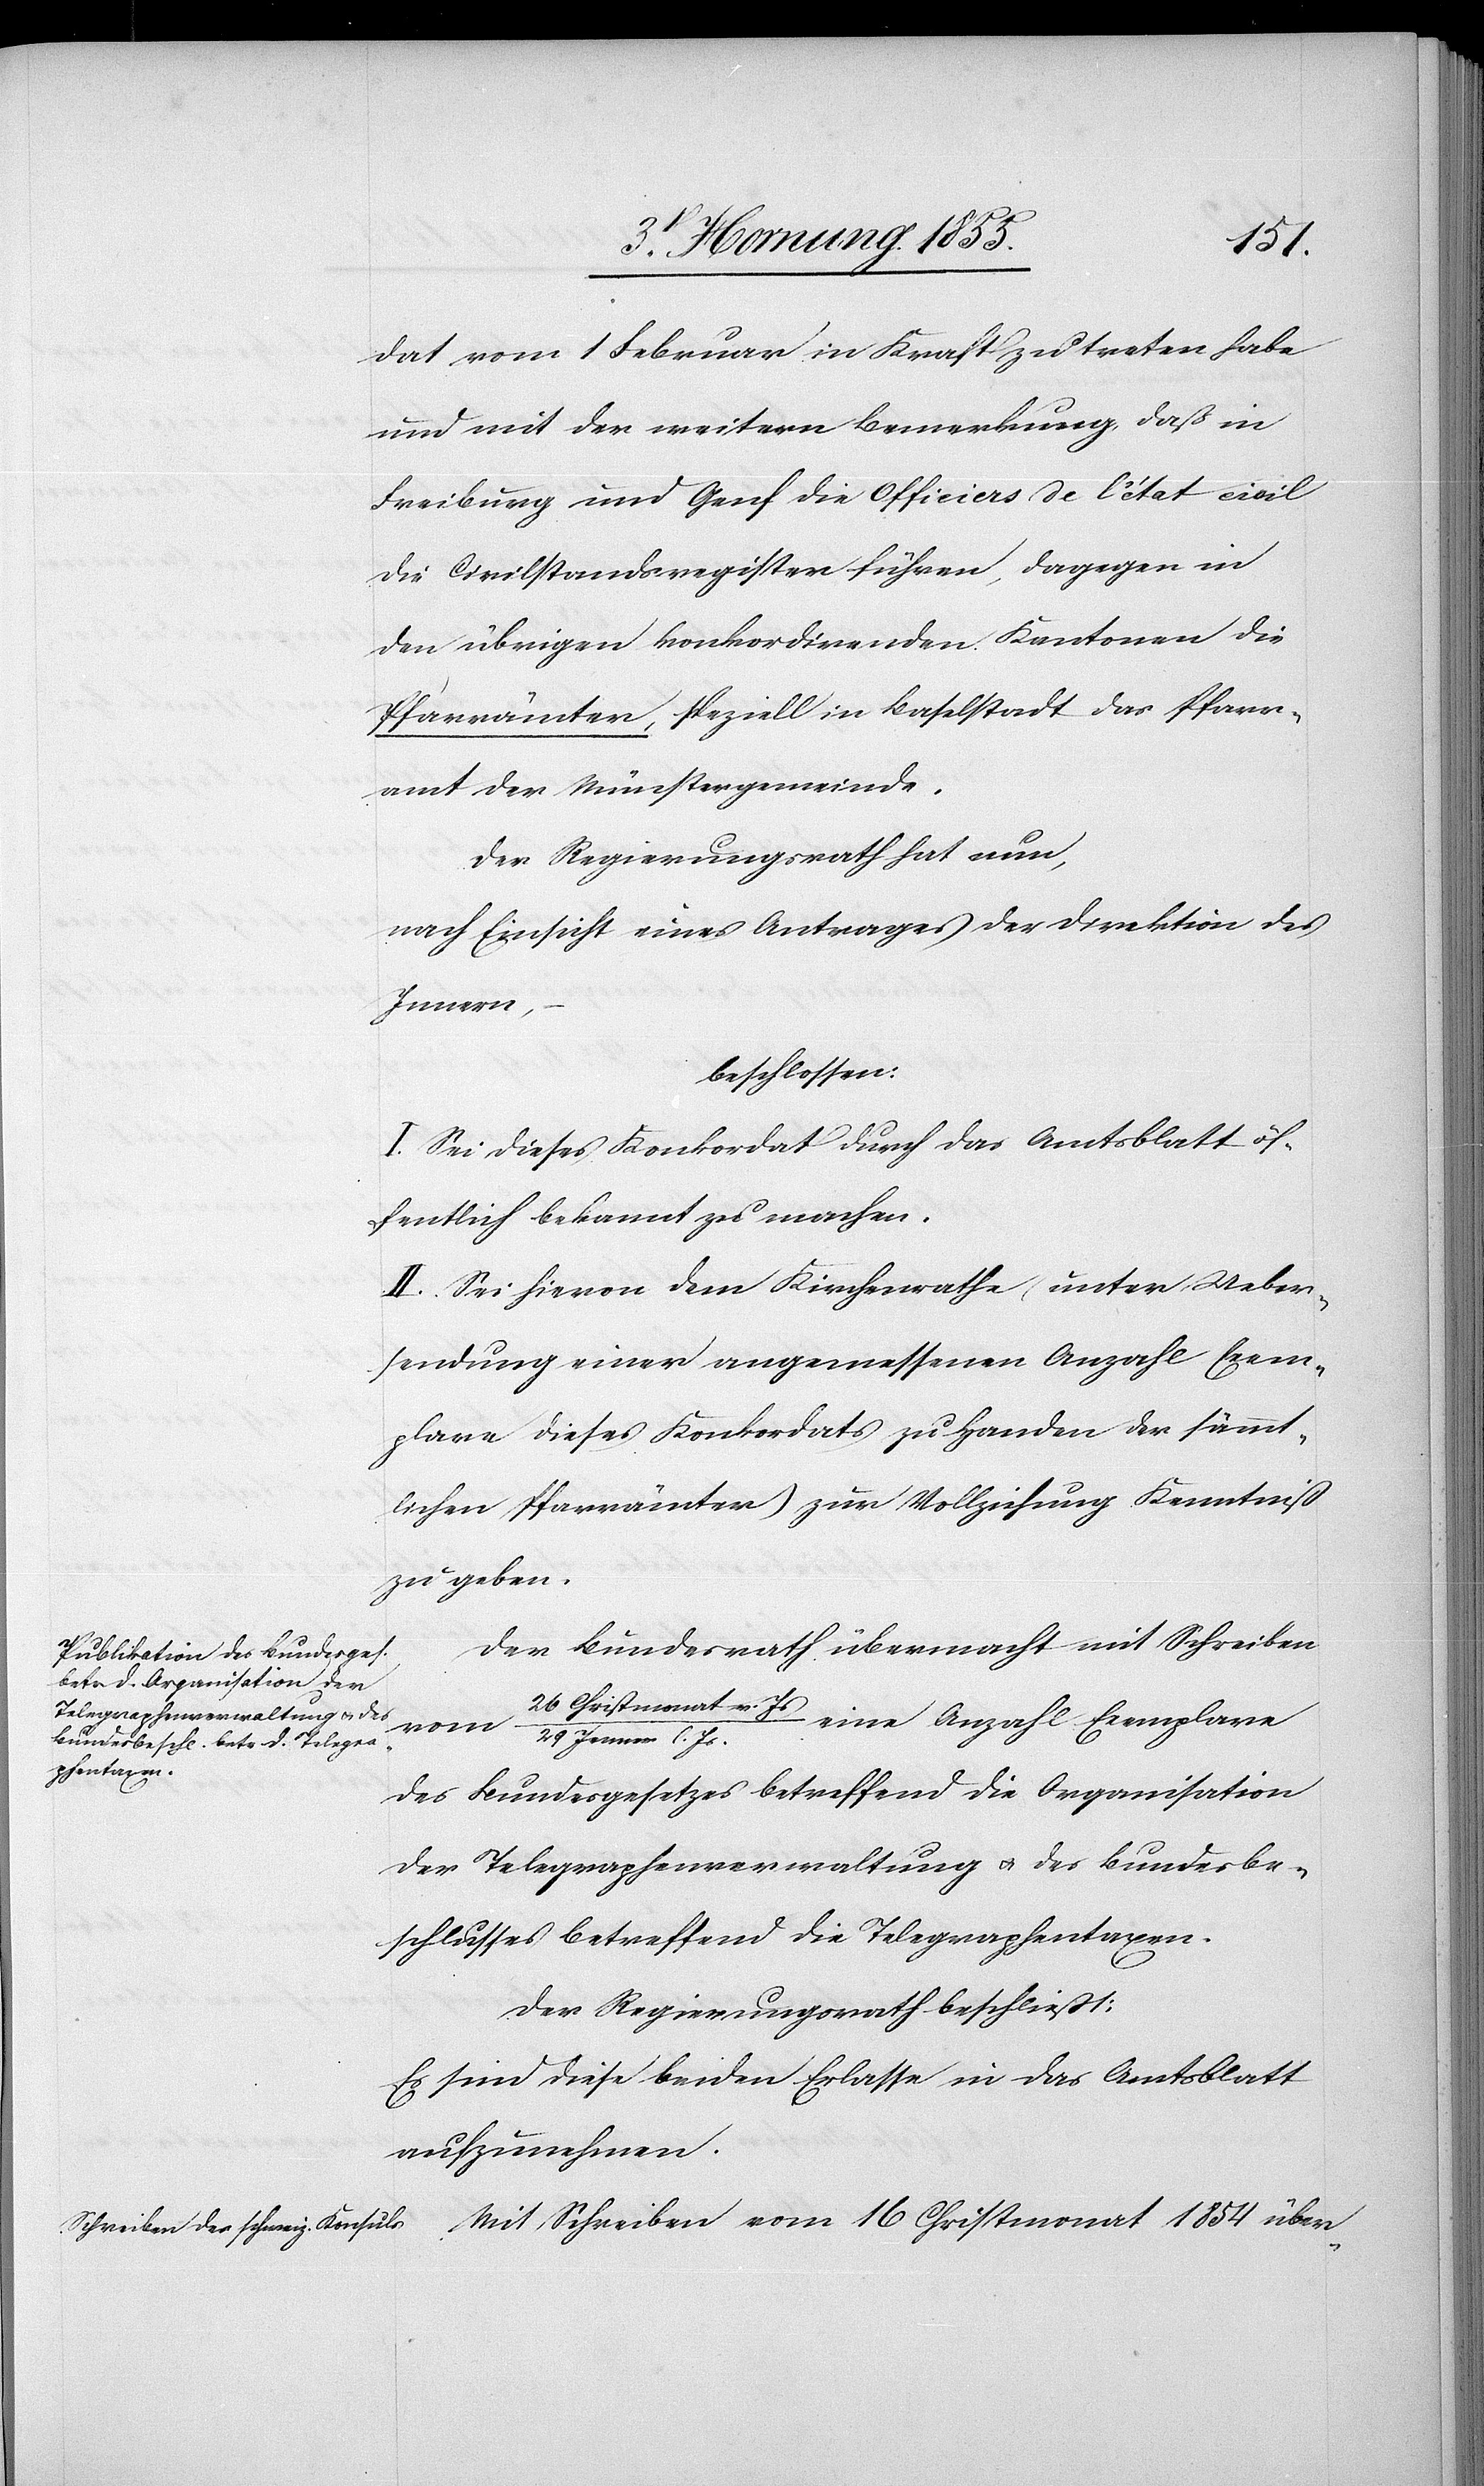
dat vom 1 Februar in Kraft zu treten habe
und mit der weitern Bemerkung, daß in
Freiburg und Genf die Officiers de l’état civil
die Civilstandsregister führen, dagegen in
den übrigen konkordirenden Kantonen die
Pfarrämter, speziell in Baselstadt das Pfarr¬
amt der Münstergemeinde.
Der Regierungsrath hat nun,
nach Einsicht eines Antrages der Direktion des
Innern,
beschlossen:
I. Sei dieses Konkordat durch das Amtsblatt öf¬
fentlich bekannt zu machen.
II. Sei hievon dem Kirchenrathe (unter Ueber¬
sendung einer angemessenen Anzahl Exem¬
plare dieses Konkordats zu Handen der sämmt¬
lichen Pfarrämter) zur Vollziehung Kenntniß
zu geben.
Der Bundesrath übermacht mit Schreiben
26 Christmonat v. Js
eine Anzahl Exemplare
vom
29 Jenner l. Js.
des Bundesgesetzes betreffend die Organisation
der Telegraphenverwaltung & des Bundesbe¬
schlusses betreffend die Telegraphentaxen.
Der Regierungsrath beschliesst:
Es sind diese beiden Erlasse in das Amtsblatt
aufzunehmen.
Mit Schreiben vom 16 Christmonat 1854 über-